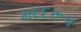
મદદરૂપ